Lunatic asylums Punjab 1895-1910 - 1895-1910
Year: 1895
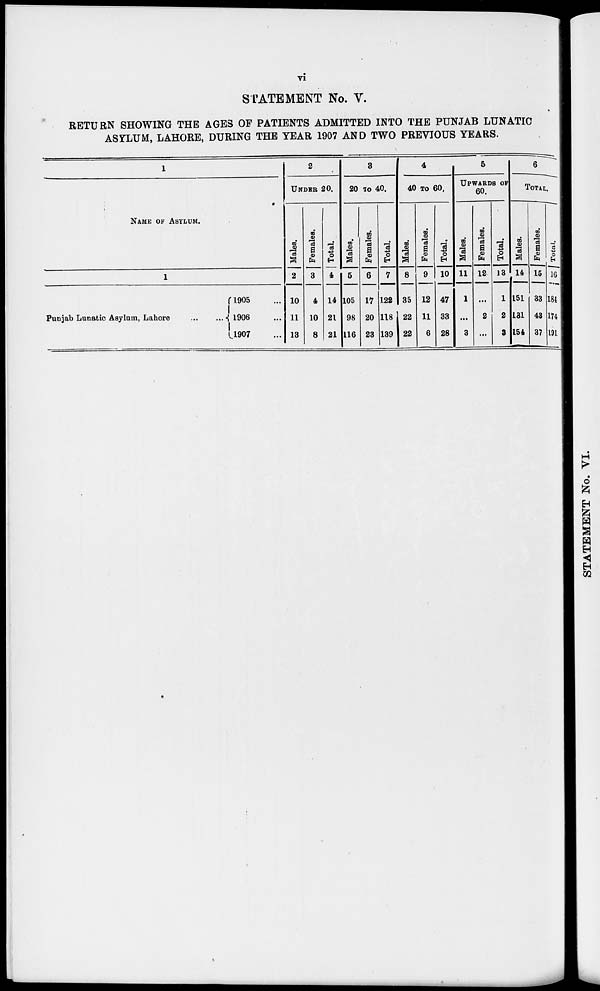
vi
STATEMENT No. V.
RETURN SHOWING THE AGES OF PATIENTS ADMITTED INTO THE PUNJAB LUNATIC
ASYLUM, LAHORE, DURING THE YEAR 1907 AND TWO PREVIOUS YEARS.
1
NAME OF ASYLUM.
1
Punjab Lunatic Asylum, Lahore
...
...
1905
1906
1907
2
UNDER 20.
Males.
2
10
11
13
Females.
3
4
10
8
Total.
4
14
21
21
3
20 TO 40.
Males.
5
105
98
116
Females.
6
17
20
23
Total.
7
122
118
139
4
40 TO 60.
Males.
8
35
22
22
Females.
9
12
11
6
Total.
10
47
33
28
5
UPWARDS OF
60.
Males.
11
1
...
3
Females.
12
...
2
...
Total.
13
1
2
3
6
TOTAL.
Males.
14
151
131
154
Females.
15
33
43
37
Total.
16
184
174
191